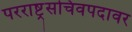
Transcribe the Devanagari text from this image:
परराष्ट्रसचिवपदावर